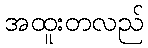
အထူးတလည်